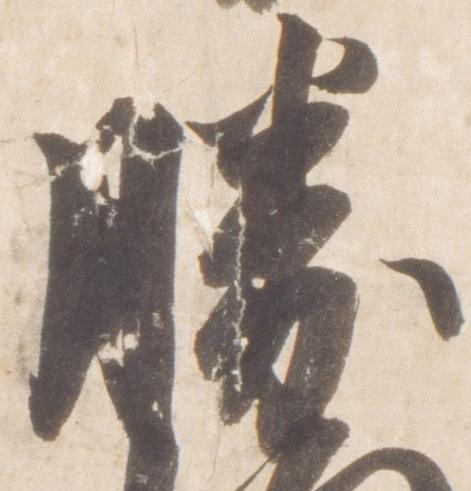
勝